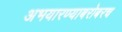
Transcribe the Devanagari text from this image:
अभयारण्याबरोबरच